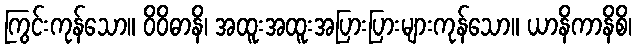
ကြွင်းကုန်သော။ ဝိဝိဓာနိ၊ အထူးအထူးအပြားပြားများကုန်သော။ ယာနိကာနိစိ၊